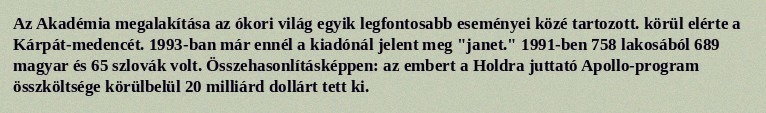
Az Akadémia megalakítása az ókori világ egyik legfontosabb eseményei közé tartozott. körül elérte a Kárpát-medencét. 1993-ban már ennél a kiadónál jelent meg "janet." 1991-ben 758 lakosából 689 magyar és 65 szlovák volt. Összehasonlításképpen: az embert a Holdra juttató Apollo-program összköltsége körülbelül 20 milliárd dollárt tett ki.